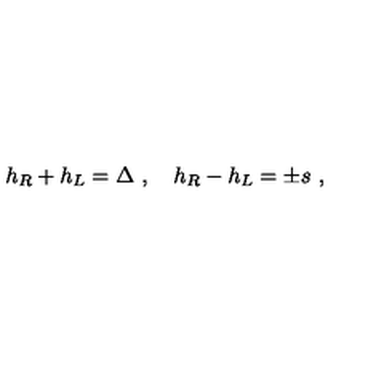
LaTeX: h _ { R } + h _ { L } = \Delta \ , \quad h _ { R } - h _ { L } = \pm s \ ,